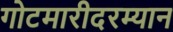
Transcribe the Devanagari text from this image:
गोटमारीदरम्यान